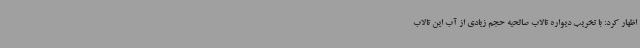
اظهار کرد: با تخریب دیواره تالاب صالحیه حجم زیادی از آب این تالاب